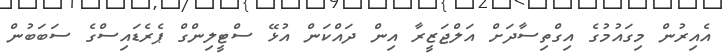
އެއިރުން މިގައުމުގެ އިގްތިސާދަށް އަލްޖަޒީރާ އިން ދައްކަން އުޅޭ ސްޓީލިންގް ޕެރެޑައިސްގެ ސަބަބުން